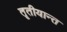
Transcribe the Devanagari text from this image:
तृतीयान्त